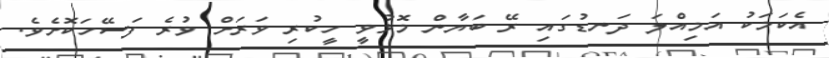
އެކަމަކު އަމިއްލަ ދަނޑުގައި ރޭ ބަޔާން މޮޅުވީ ހީކުރި ވަރަށް ވުރެ ފަސޭހަކޮށެވެ.